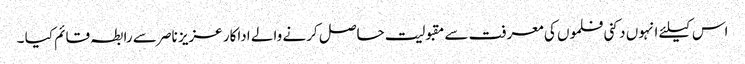
اس کیلئے انہوں دکنی فلموں کی معرفت سے مقبولیت حاصل کرنے والے اداکار عزیز ناصر سے رابطہ قائم کیا ۔